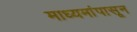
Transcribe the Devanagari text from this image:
माध्यमांपासून